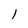
Character: l